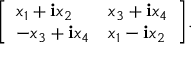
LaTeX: { \left[ \begin{array} { l l } { x _ { 1 } + \mathbf { i } x _ { 2 } } & { x _ { 3 } + \mathbf { i } x _ { 4 } } \\ { - x _ { 3 } + \mathbf { i } x _ { 4 } } & { x _ { 1 } - \mathbf { i } x _ { 2 } } \end{array} \right] } . \,